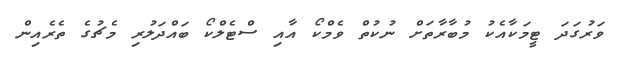
ވަރުގަދަ ޓީމަކާއެކު މުބާރާތަށް ނުކުތް ވެމްކޯ އާއި ސްޓެލްކޯ ބައްދަލުރި މެޗުގެ ތެރެއިން